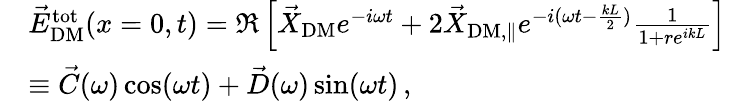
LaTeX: \begin{array}{rl}&{\vec{E}_{\mathrm{DM}}^{\mathrm{tot}}(x=0,t)=\Re\left[\vec{X}_{\mathrm{DM}}e^{-i\omega t}+2\vec{X}_{\mathrm{DM,\parallel}}e^{-i(\omega t-\frac{kL}{2})}\frac{1}{1+re^{ikL}}\right]\, }\\ &{\equiv\vec{C}(\omega)\cos(\omega t)+\vec{D}(\omega)\sin(\omega t)\, ,}\end{array}